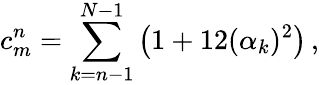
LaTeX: c_{m}^{n}=\sum_{k=n-1}^{N-1}\big(1+12(\alpha_{k})^{2}\big)\, ,